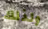
ولذلك